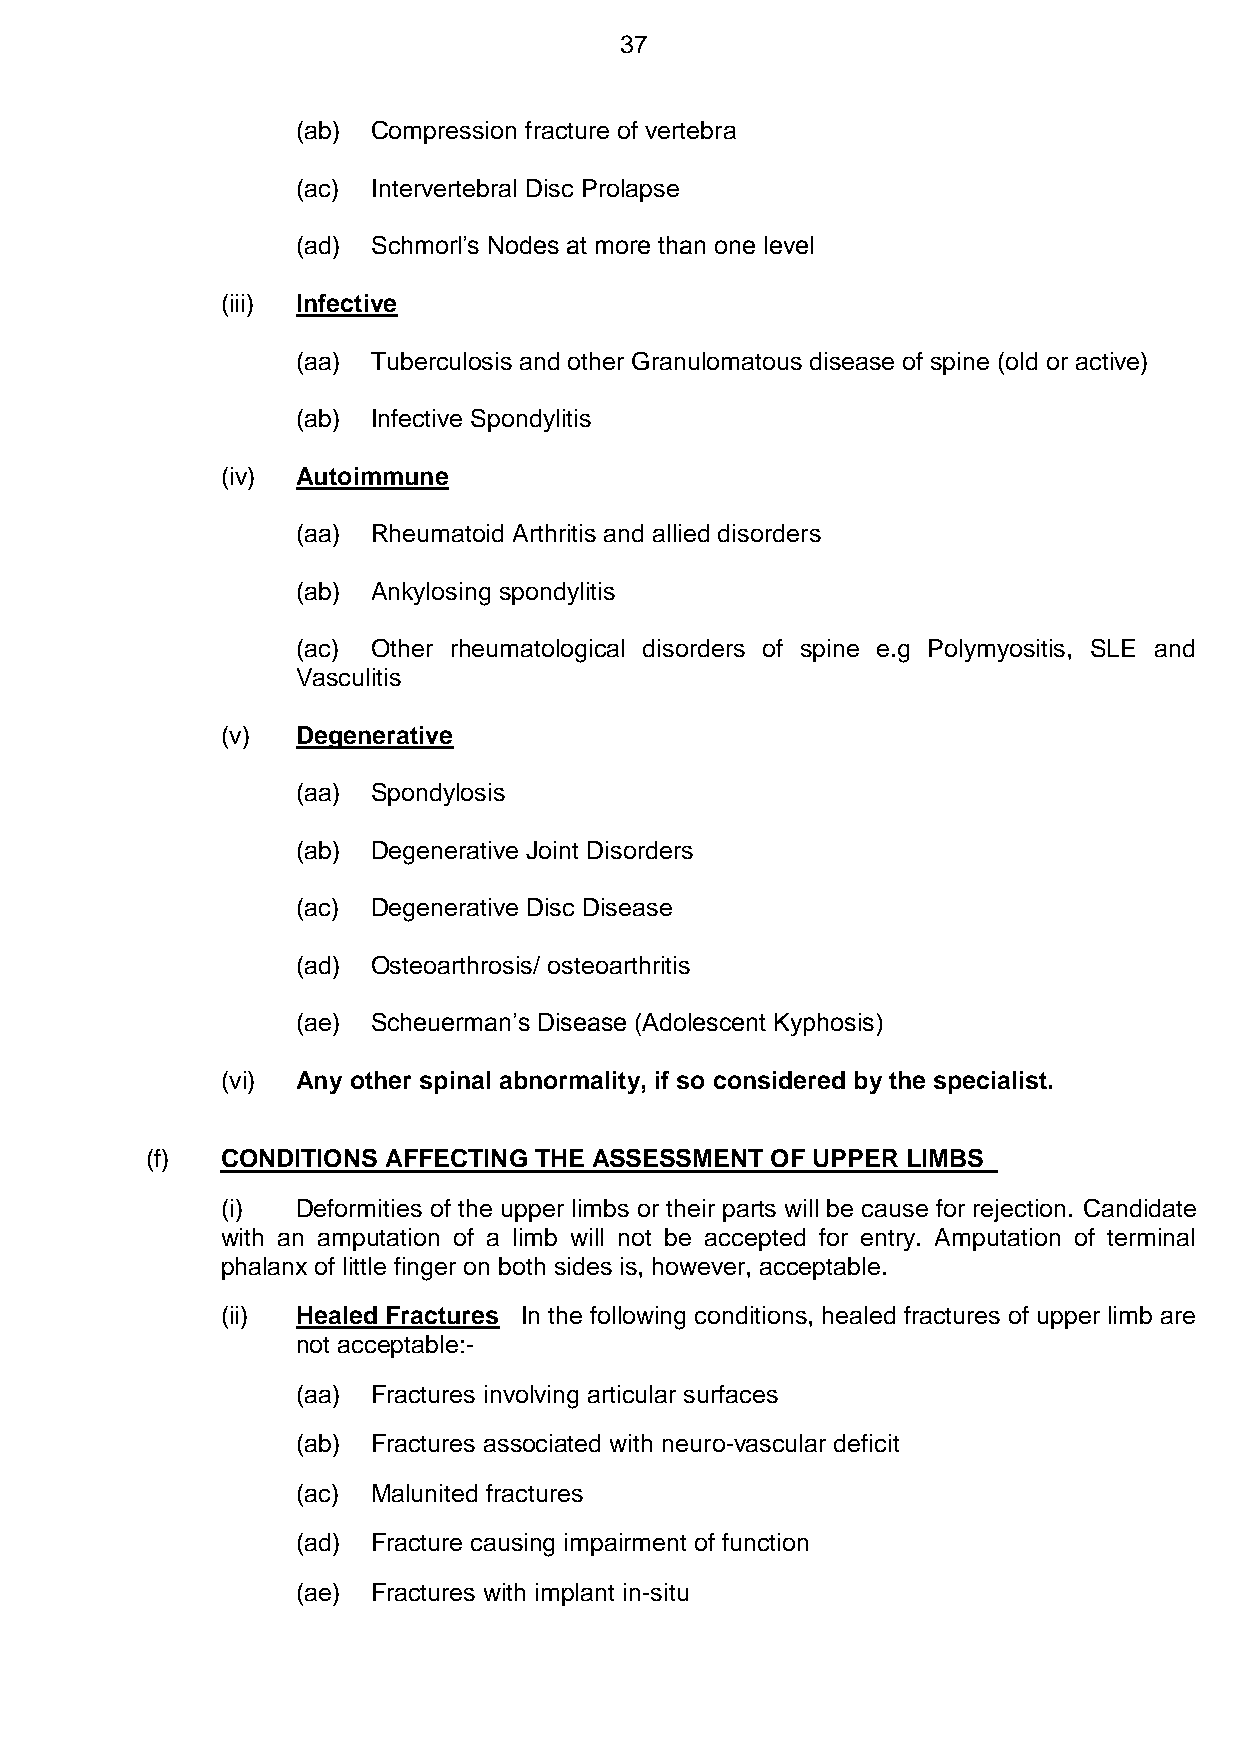
37
 (ab) Compression fracture of vertebra
 (ac) Intervertebral Disc Prolapse
 (ad) Schmorl’s Nodes at more than one level
 (iii) Infective
 (aa) Tuberculosis and other Granulomatous disease of spine (old or active)
 (ab) Infective Spondylitis
 (iv) Autoimmune
 (aa) Rheumatoid Arthritis and allied disorders
 (ab) Ankylosing spondylitis
 (ac) Other rheumatological disorders of spine e.g Polymyositis, SLE and
 Vasculitis
 (v)  Degenerative
 (aa) Spondylosis
 (ab) Degenerative Joint Disorders
 (ac) Degenerative Disc Disease
 (ad) Osteoarthrosis/ osteoarthritis
 (ae) Scheuerman’s Disease (Adolescent Kyphosis)
 (vi) Any other spinal abnormality, if so considered by the specialist.
 (f)  CONDITIONS AFFECTING THE ASSESSMENT OF UPPER LIMBS
 (i)  Deformities of the upper limbs or their parts will be cause for rejection. Candidate
 with an amputation of a limb will not be accepted for entry. Amputation of terminal
 phalanx of little finger on both sides is, however, acceptable.
 (ii) Healed Fractures In the following conditions, healed fractures of upper limb are
 not acceptable:-
 (aa) Fractures involving articular surfaces
 (ab) Fractures associated with neuro-vascular deficit
 (ac) Malunited fractures
 (ad) Fracture causing impairment of function
 (ae) Fractures with implant in-situ